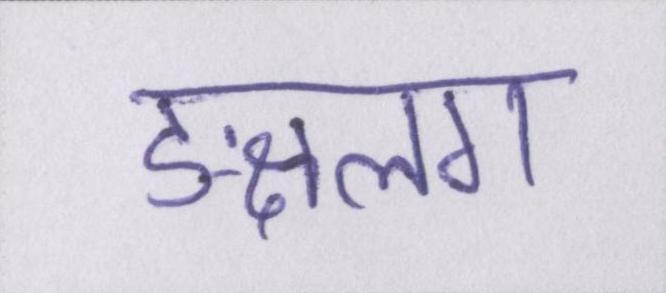
ङ्क्षलग